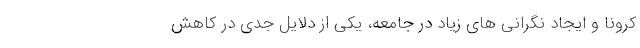
کرونا و ایجاد نگرانی های زیاد در جامعه، یکی از دلایل جدی در کاهش